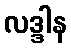
လဒ္ဒါန